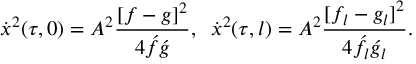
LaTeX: \dot { x } ^ { 2 } ( \tau , 0 ) = A ^ { 2 } \frac { [ f - g ] ^ { 2 } } { 4 \acute { f } \acute { g } } , \; \; \dot { x } ^ { 2 } ( \tau , l ) = A ^ { 2 } \frac { [ f _ { l } - g _ { l } ] ^ { 2 } } { 4 \acute { f } _ { l } \acute { g } _ { l } } .